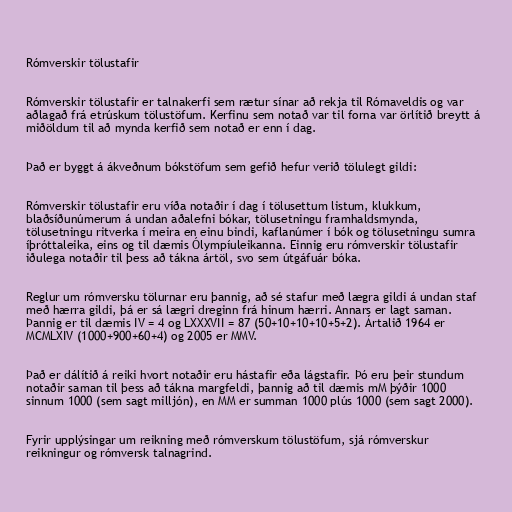
Rómverskir tölustafir

Rómverskir tölustafir er talnakerfi sem rætur sínar að rekja til Rómaveldis og var
aðlagað frá etrúskum tölustöfum. Kerfinu sem notað var til forna var örlítið breytt á
miðöldum til að mynda kerfið sem notað er enn í dag.

Það er byggt á ákveðnum bókstöfum sem gefið hefur verið tölulegt gildi:

Rómverskir tölustafir eru víða notaðir í dag í tölusettum listum, klukkum,
blaðsíðunúmerum á undan aðalefni bókar, tölusetningu framhaldsmynda,
tölusetningu ritverka í meira en einu bindi, kaflanúmer í bók og tölusetningu sumra
íþróttaleika, eins og til dæmis Ólympíuleikanna. Einnig eru rómverskir tölustafir
iðulega notaðir til þess að tákna ártöl, svo sem útgáfuár bóka.

Reglur um rómversku tölurnar eru þannig, að sé stafur með lægra gildi á undan staf
með hærra gildi, þá er sá lægri dreginn frá hinum hærri. Annars er lagt saman.
Þannig er til dæmis IV = 4 og LXXXVII = 87 (50+10+10+10+5+2). Ártalið 1964 er
MCMLXIV (1000+900+60+4) og 2005 er MMV.

Það er dálítið á reiki hvort notaðir eru hástafir eða lágstafir. Þó eru þeir stundum
notaðir saman til þess að tákna margfeldi, þannig að til dæmis mM þýðir 1000
sinnum 1000 (sem sagt milljón), en MM er summan 1000 plús 1000 (sem sagt 2000).

Fyrir upplýsingar um reikning með rómverskum tölustöfum, sjá rómverskur
reikningur og rómversk talnagrind.